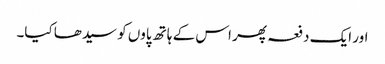
اور ایک دفعہ پھر اس کے ہاتھ پاوں کو سیدھا کیا۔